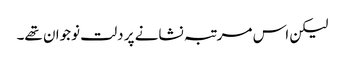
لیکن اس مرتبہ نشانے پر دلت نوجوان تھے۔